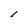
Character: 1